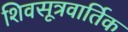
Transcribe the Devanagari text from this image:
शिवसूत्रवार्तिक